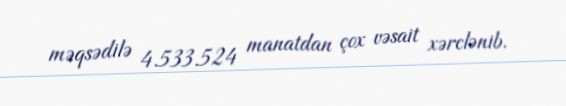
məqsədilə 4.533.524 manatdan çox vəsait xərclənib.